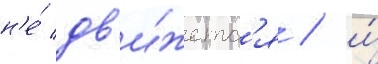
н'е́ дв'и́жетс'я / и́